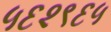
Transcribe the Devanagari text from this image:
५६२९६५